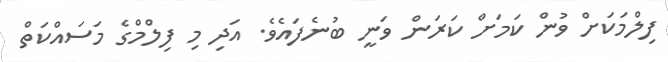
ފިލްމަކަށް ވުން ކަމަށް ކަރަން ވަނީ ބުނެފައެވެ. އަދި މި ފިލްމްގެ މަސައްކަތް